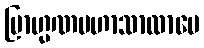
ဗြာဟ္မဏမဟာသာလာပေ